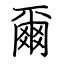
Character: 爾